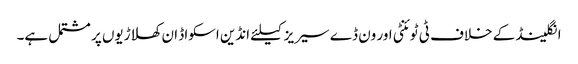
انگلینڈ کے خلاف ٹی ٹوئنٹی اور ون ڈے سیریز کیلئے انڈین اسکواڈ ان کھلاڑیوں پر مشتمل ہے۔